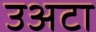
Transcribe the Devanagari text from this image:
उअटा